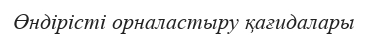
Өндірісті орналастыру қағидалары